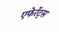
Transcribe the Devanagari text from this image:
एफेरेंट्स